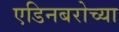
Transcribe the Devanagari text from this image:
एडिनबरोच्या